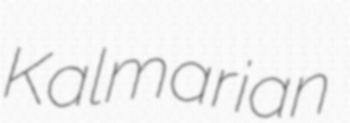
Kalmarian